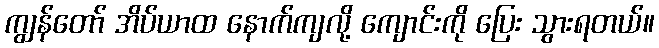
ကျွန်တော် အိပ်ယာထ နောက်ကျလို့ ကျောင်းကို ပြေး သွားရတယ်။